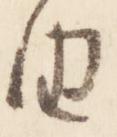
由